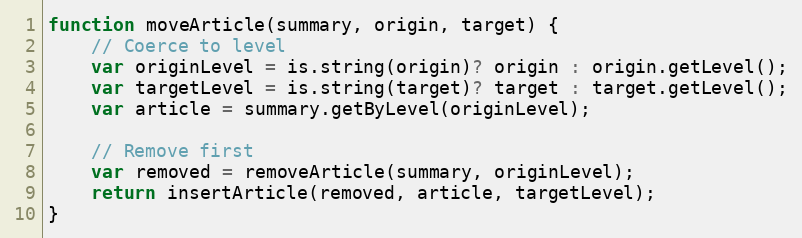
Language: JavaScript
function moveArticle(summary, origin, target) {
    // Coerce to level
    var originLevel = is.string(origin)? origin : origin.getLevel();
    var targetLevel = is.string(target)? target : target.getLevel();
    var article = summary.getByLevel(originLevel);

    // Remove first
    var removed = removeArticle(summary, originLevel);
    return insertArticle(removed, article, targetLevel);
}